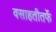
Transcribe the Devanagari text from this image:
वसाहतीतर्फे